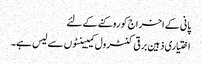
پانی کے اخراج کو روکنے کے لئے
اختیاری ذہین برقی کنٹرول کیبینٹوں سے لیس ہے۔